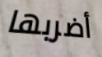
أضربها